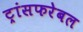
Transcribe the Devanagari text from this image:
ट्रांसफरेबल